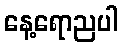
နေ့ရောညပါ